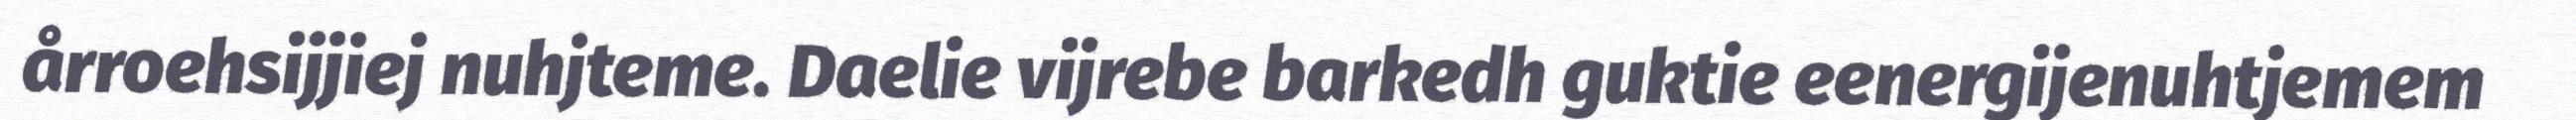
årroehsijjiej nuhjteme. Daelie vijrebe barkedh guktie eenergijenuhtjemem